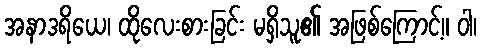
အနာဒရိယေ၊ ထိုလေးစားခြင်း မရှိသူ၏ အဖြစ်ကြောင့်။ ဝါ၊